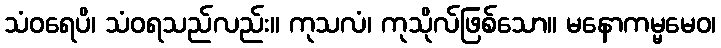
သံဝရေပိ၊ သံဝရသည်လည်း။ ကုသလံ၊ ကုသိုလ်ဖြစ်သော။ မနောကမ္မမေဝ၊